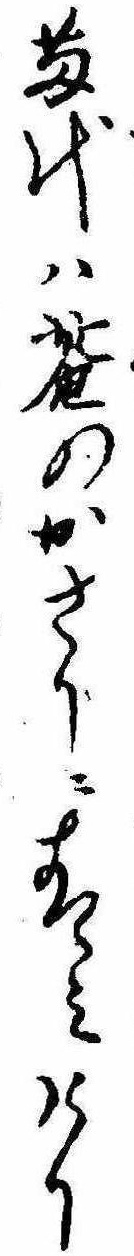
苗代は庵のかさりに青みけり